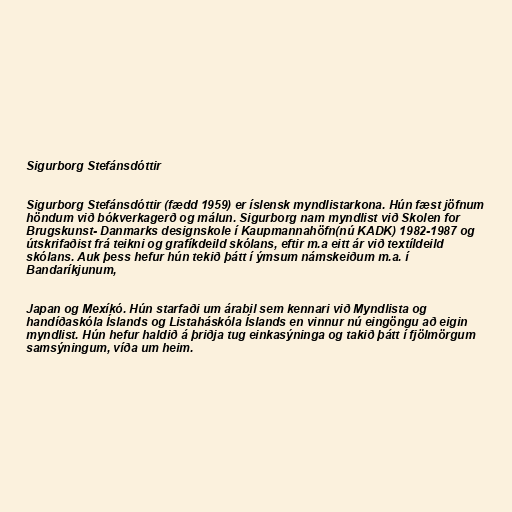
Sigurborg Stefánsdóttir

Sigurborg Stefánsdóttir (fædd 1959) er íslensk myndlistarkona. Hún fæst jöfnum
höndum við bókverkagerð og málun. Sigurborg nam myndlist við Skolen for
Brugskunst- Danmarks designskole í Kaupmannahöfn(nú KADK) 1982-1987 og
útskrifaðist frá teikni og grafíkdeild skólans, eftir m.a eitt ár við textíldeild
skólans. Auk þess hefur hún tekið þátt í ýmsum námskeiðum m.a. í
Bandaríkjunum,

Japan og Mexíkó. Hún starfaði um árabil sem kennari við Myndlista og
handíðaskóla Íslands og Listaháskóla Íslands en vinnur nú eingöngu að eigin
myndlist. Hún hefur haldið á þriðja tug einkasýninga og takið þátt í fjölmörgum
samsýningum, víða um heim.